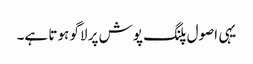
یہی اصول پلنگ پوش پر لاگو ہوتا ہے۔